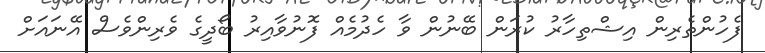
ފެހުންތެރިން އިޝްތިހާރު ކުރަން ބޭނުން ވާ ހެދުމެއް ފޮނުވާއިރު ބޯދީގެ ވެރިންވެސް އޭނައަށް